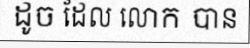
ដូច ដែល លោក បាន